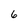
Character: 6